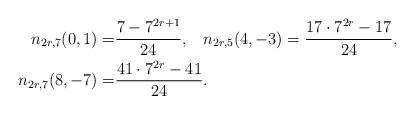
LaTeX: \begin{align*}\begin{aligned} n_{2r,7}(0,1)=&\frac{7-7^{2r+1}}{24},\;\;\;n_{2r,5}(4,-3)=\frac{17\cdot 7^{2r}-17}{24},\\ n_{2r,7}(8,-7)=&\frac{41\cdot 7^{2r}-41}{24}. \end{aligned}\end{align*}